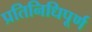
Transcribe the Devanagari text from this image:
प्रतिनिधिपूर्ण